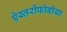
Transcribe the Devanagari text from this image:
ऐस्तरोंफोबीया